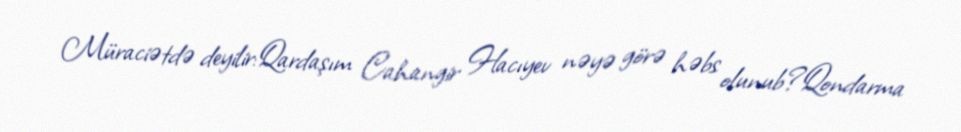
Müraciətdə deyilir:Qardaşım Cahangir Hacıyev nəyə görə həbs olunub?Qondarma